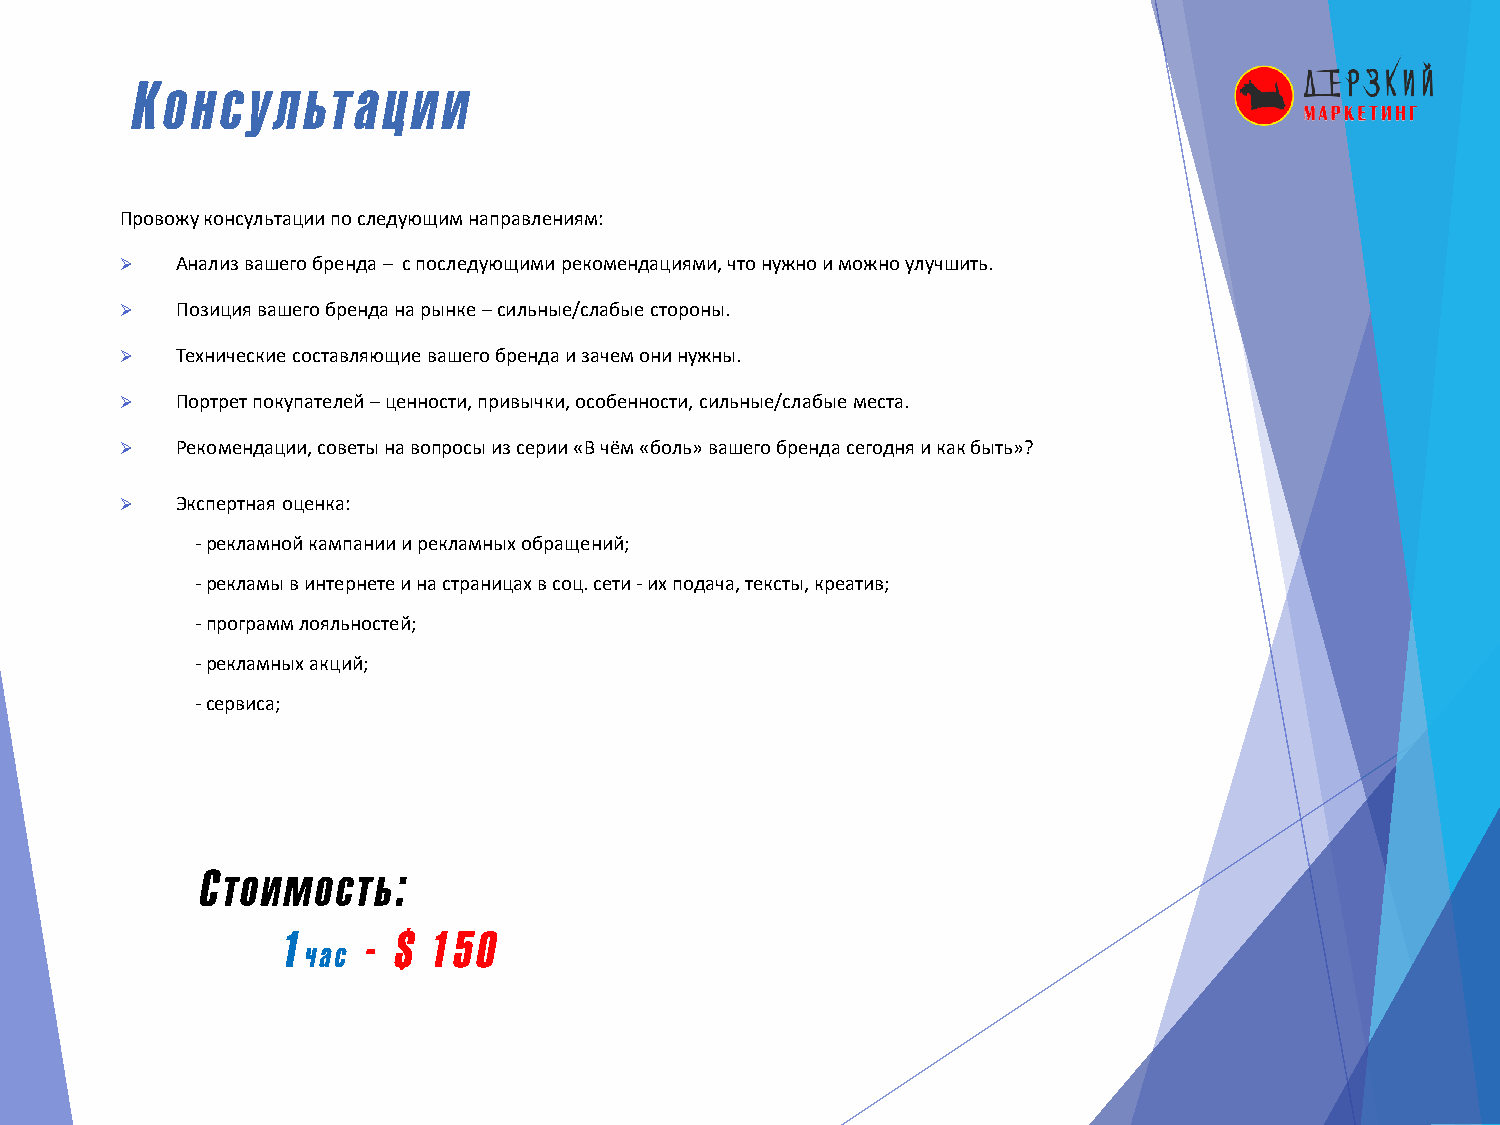
Консультации
 Провожу консультации по следующим направлениям:
 ➢   Анализ вашего бренда – с последующими рекомендациями, что нужно и можно улучшить.
 ➢   Позиция вашего бренда на рынке –сильные/слабые стороны.
 ➢   Технические составляющие вашего бренда и зачем они нужны.
 ➢   Портрет покупателей –ценности, привычки, особенности, сильные/слабые места.
 ➢   Рекомендации, советы на вопросы из серии «В чём «боль» вашего бренда сегодня и как быть»?
 ➢   Экспертная оценка:
 -рекламной кампании и рекламных обращений;
 -рекламы в интернете и на страницах в соц. сети -их подача, тексты, креатив;
 -программ лояльностей;
 -рекламных акций;
 -сервиса;
 Cтоимость:
 1    - $  150
 час